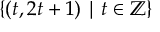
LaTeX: \{ ( t , 2 t + 1 ) \mid t \in \mathbb { Z } \}